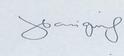
Signature authenticity: genuine